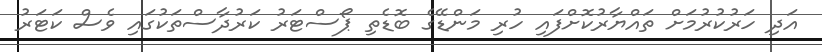
އަދި ހަރުކުރުމަށް ތައްޔާރުކޮށްފައި ހުރި މަންޑޭގެ ބޮޑެތި ޕޯސްޓަރު ކަރުދާސްތަކުގައި ވެސް ކަޓަރު